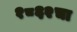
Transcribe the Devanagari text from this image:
१८६२चा